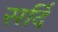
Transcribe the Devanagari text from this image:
सर्दि